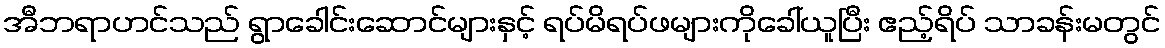
အီဘရာဟင်သည် ရွာခေါင်းဆောင်များနှင့် ရပ်မိရပ်ဖများကိုခေါ်ယူပြီး ဧည့်ရိပ် သာခန်းမတွင်